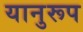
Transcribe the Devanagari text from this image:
यानुरूप